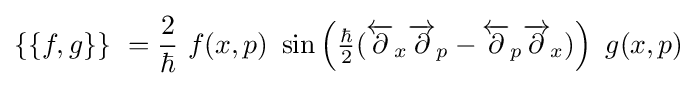
\{\{f,g\}\}\ ={\frac {2}{\hbar }}~f(x,p)\ \sin \left({{\tfrac {\hbar }{2}}({\overleftarrow {\partial }}_{x}{\overrightarrow {\partial }}_{p}-{\overleftarrow {\partial }}_{p}{\overrightarrow {\partial }}_{x})}\right)\ g(x,p)